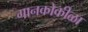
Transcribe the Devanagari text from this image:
गानकोकीळा